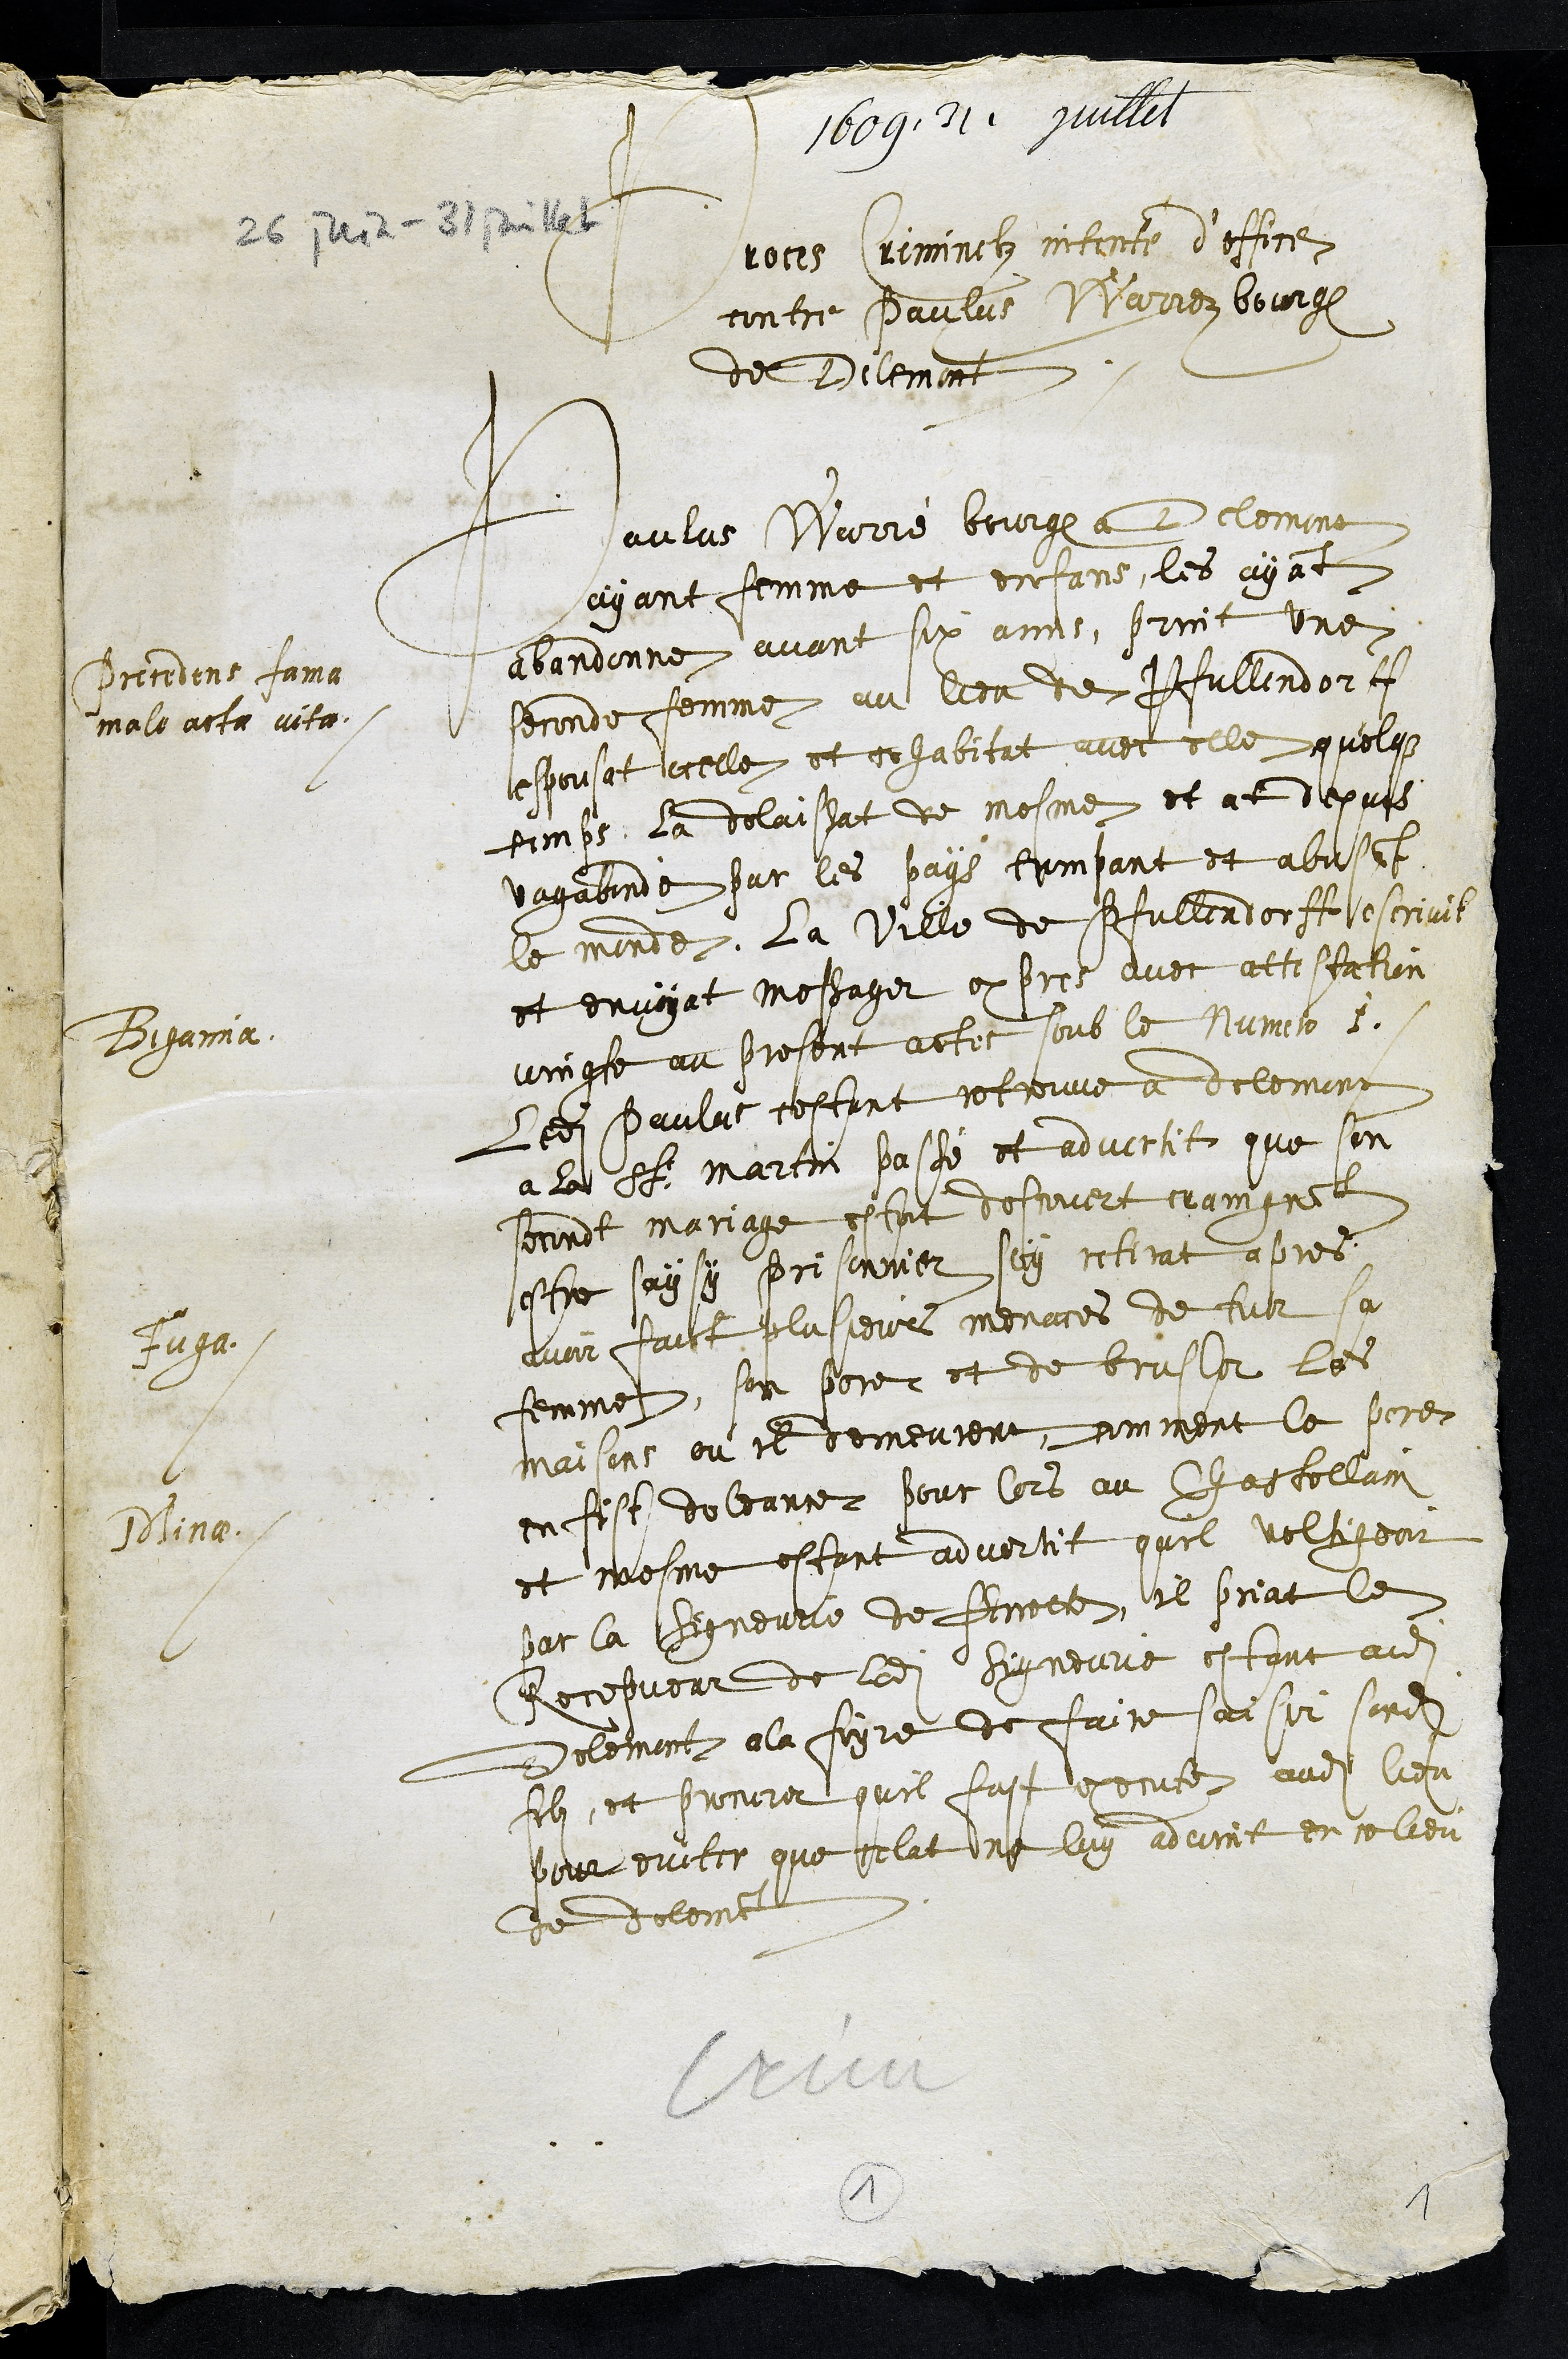
1609. 31 juillet
26 juin - 31 juillet
Proces criminelz intenté d’office
contre Paulus Warrez bourgeois
de Delemont,
Precedens fama
male acta vita.
Paulus Warré bourgeois a Delemont
ayant femme et enfans, les ayant
abandonne avant six anns, print une
seconde femme au lieu de Pfullendorff
espousat icelle et cohabitat avec elle quelque
temps, la delaissat de mesme et at depuis
vagabondé sur les pays trompant et abusant
le monde. La ville de Pfullendorff escrivit
et envoyat messager expres avec attestation
joingte au present actes soub le Numero 1
Bigamia
Ledit Paulus cestant retreuve a delemont
a la St Martin passé et advertit que son
secondt mariage estoit descovert craingnant
estre saysy prisonnier soy retirat apres
Fuga
avoir faict plusieurs menaces de tuer sa
femme, son pere et de brusler les
maisons ou il demeurent, comment le pere
Minae
en fist doleance pour lors au Chastellain
et mesme estant advertit quil voltigeoit
par la segneurie de Ferrette, il priat le
Recepveur de ladite Signeurie estant audit
Delemont a la foyre de faite saisir sondit
filz, et procurer quil fust execute audit lieu.
pour eviter que celat ne luy advint en ce lieu
de delemont
1
1